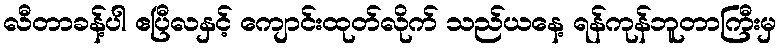
လီတာခန့်ပါ ဧပြီလနှင့် ကျောင်းထုတ်လိုက် သည်ယနေ့ ရန်ကုန်ဘူတာကြီးမှ